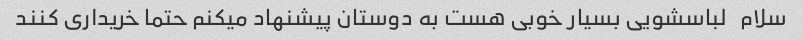
سلام   لباسشویی بسیار خوبی هست به دوستان پیشنهاد میکنم حتما خریداری کنند